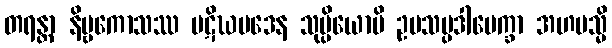
တရန္တာ နိဗ္ဗကောသဿ ပဋိဃပဒေန သုပ္ပိယောပိ ဥပသမ္ပဒါပေက္ခာ အဟမသ္မိ